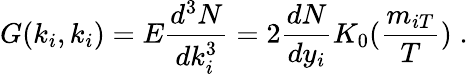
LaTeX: G(k_{i},k_{i})=E\frac{d^{3}N}{dk_{i}^{3}}=2\frac{dN}{dy_{i}}K_{0}(\frac{m_{iT}}T)\; .